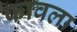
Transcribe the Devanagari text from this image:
फावला